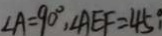
\angle A = 9 0 ^ { \circ } , \angle A E F = 4 5 ^ { \circ }